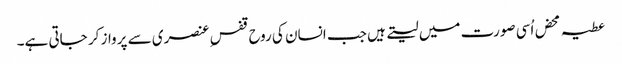
عطیہ محض اُسی صورت میں لیتے ہیں جب انسان کی روح قفس ِعنصری سے پرواز کر جاتی ہے۔